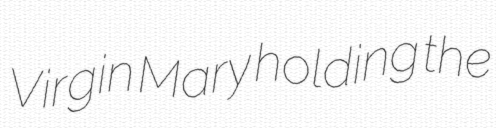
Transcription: Virgin Mary holding the